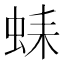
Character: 𧋆